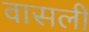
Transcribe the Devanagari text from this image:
वासली